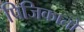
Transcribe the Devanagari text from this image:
पिजिकातो